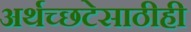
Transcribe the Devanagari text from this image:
अर्थच्छटेसाठीही